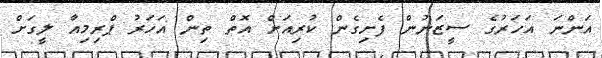
އަންނަ އަހަރުގެ ސީޒަނުން ފެށިގެން ކުރިއަށް އޮތް ތިން އަހަރު ޕްރިމިއާ ލީގަށް